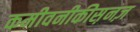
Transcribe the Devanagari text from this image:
कमीवनीकीस़नज़